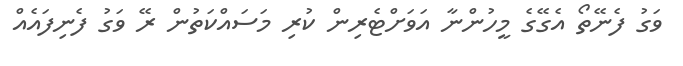
ވަގު ފެނޭތޯ އެގޭގެ މީހުންނާ އަވަށްޓެރިން ކުރި މަސައްކަތުން ރޭ ވަގު ފެނިފައެއް